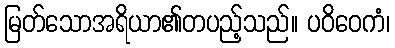
မြတ်သောအရိယာ၏တပည့်သည်။ ပဝိဝေကံ၊